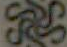
ES